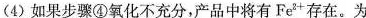
(4)如果步骤④氧化不充分，产品中将有Fe^{2+}存在。为